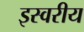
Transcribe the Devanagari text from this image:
इस्वरीय